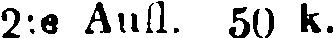
2:e Aufl. 50 k.